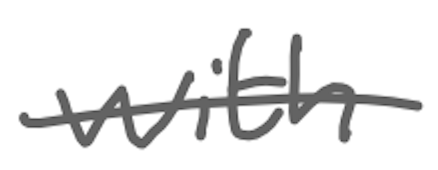
Text: with
Cross-out: single-line
Writing tool: digital_gray